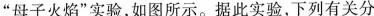
”母子火焰”实验，如图所示。据此实验，下列有关分